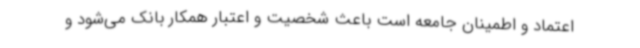
اعتماد و اطمینان جامعه است باعث شخصیت و اعتبار همکار بانک می‌شود و